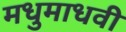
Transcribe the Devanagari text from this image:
मधुमाधवी